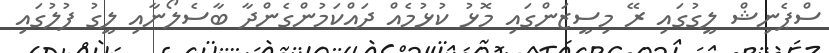
ސްޕެނިޝް ލީގުގައި ރޭ މިސީޒަންގައި މޮޅު ކުޅުމެއް ދައްކަމުންގެންދާ ބާސެލޯނާއި ލީގު ފުލުގައި